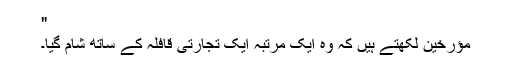
"
مؤرخین لکھتے ہیں کہ وہ ایک مرتبہ ایک تجارتی قافلہ کے ساتھ شام گیا۔